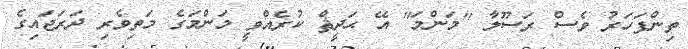
ތިންފަހަރު ވެސް ރަސޫލާ ''މަންމަ'' އޭ ޙަދީޘް ކުރެއްވީ މަންމަގެ މަތިވެރި ދަރަޖައިގެ